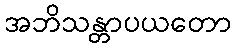
အဘိသန္တာပယတော